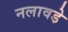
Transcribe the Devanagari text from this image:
नलावडे़